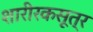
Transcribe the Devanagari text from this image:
शारीरकसूत्र